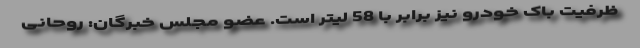
ظرفیت باک خودرو نیز برابر با 58 لیتر است. عضو مجلس خبرگان: روحانی